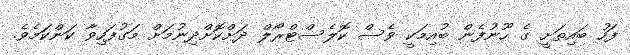
ފަހު ބައިތަށީ ގެ ހޫނުފެން ބުއިމަކީ ވެސް ކޮލެސްޓްރޯލް ދަށްކޮށްދިނުމަށް މަގުފަހިވާ ކަންކަމެވެ.